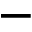
-